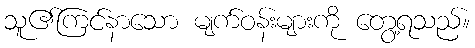
သူ၏ကြင်နာသော မျက်ဝန်းများကို တွေ့ရသည်။